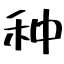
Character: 种